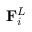
\mathbf { F } _ { i } ^ { L }